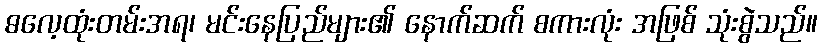
ဓလေ့ထုံးတမ်းအရ၊ မင်းနေပြည်များ၏ နောက်ဆက် စကားလုံး အဖြစ် သုံးစွဲသည်။